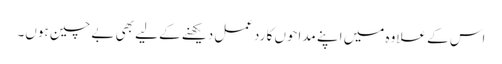
اس کے علاوہ میں اپنے مداحوں کا ردعمل دیکھنے کے لیے بھی بے چین ہوں۔